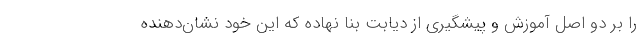
را بر دو اصل آموزش و پیشگیری از دیابت بنا نهاده که این خود نشان‌دهنده